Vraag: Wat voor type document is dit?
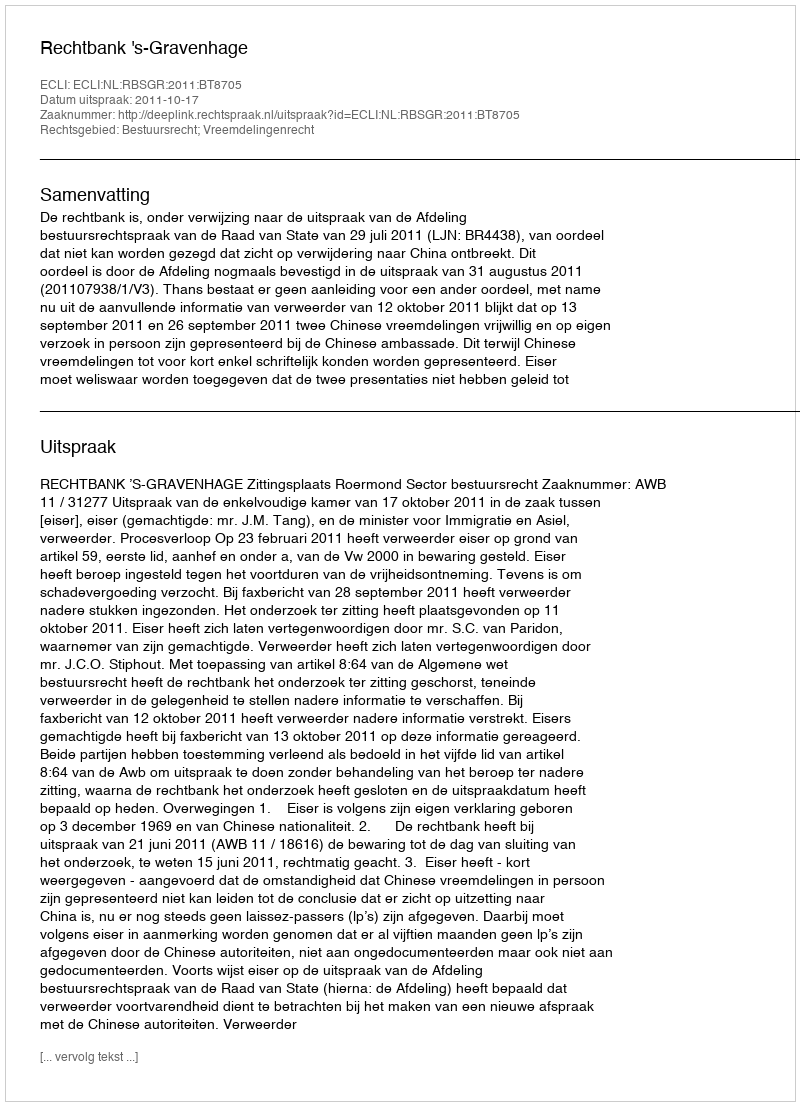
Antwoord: Uitspraak